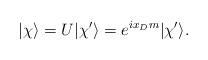
LaTeX: \begin{align*}|{\chi}\rangle = U|\chi^{\prime}\rangle = e^{ ix_D m}|\chi^{\prime}\rangle.\end{align*}